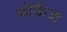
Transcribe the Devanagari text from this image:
बोकैज